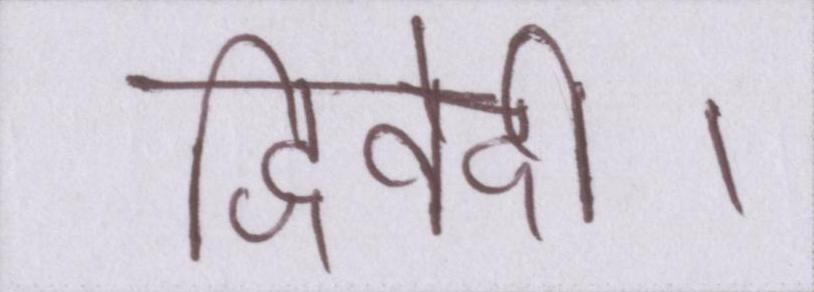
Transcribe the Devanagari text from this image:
द्विवेदी।